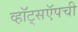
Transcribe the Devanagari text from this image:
व्हॉट्सऍपची